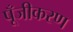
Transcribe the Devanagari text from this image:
पूँजीकरण